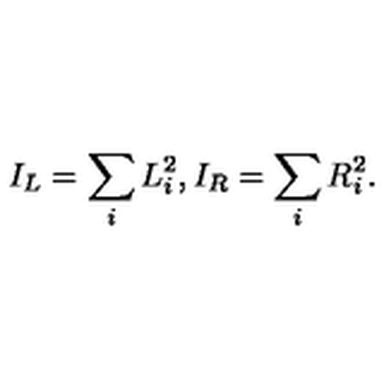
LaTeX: I _ { L } = \sum _ { i } L _ { i } ^ { 2 } , I _ { R } = \sum _ { i } R _ { i } ^ { 2 } .